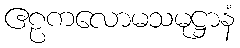
ဧဠကလောမသမုဋ္ဌာနံ